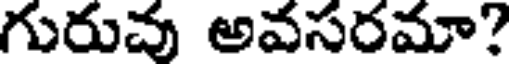
గురుచు అవసరమా?